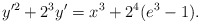
\begin{align*}y'^2+2^3y'=x^3+2^4(e^3-1).\end{align*}